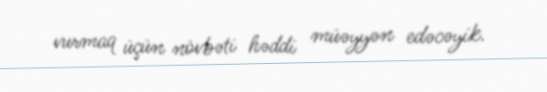
vurmaq üçün növbəti həddi müəyyən edəcəyik.